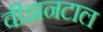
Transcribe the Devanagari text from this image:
वीझनटाल